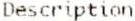
DESCRIPTION